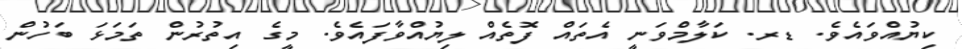
ކިޔުއްވައެވެ. ޑރ. ކަލާމްވަނީ އެތައް ފޮތެއް ލިޔުއްވާފައެވެ. މީގެ އިތުރުން ތަމަޅަ ބަހުން